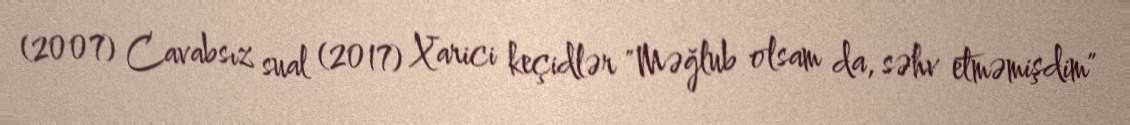
(2007) Cavabsız sual (2017) Xarici keçidlər "Məğlub olsam da, səhv etməmişdim"